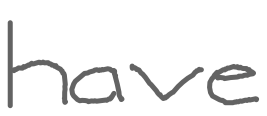
Text: have
Cross-out: clean
Writing tool: digital_gray